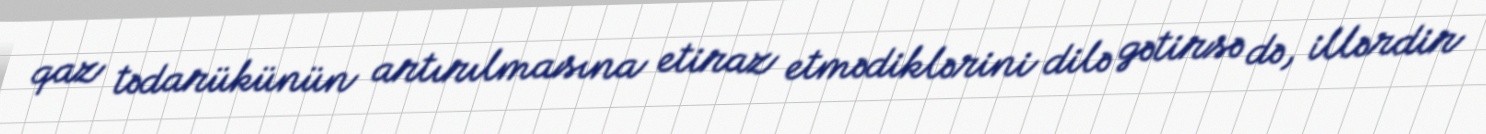
qaz tədarükünün artırılmasına etiraz etmədiklərini dilə gətirsə də, illərdir